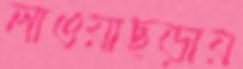
লাওয়াছড়ায়